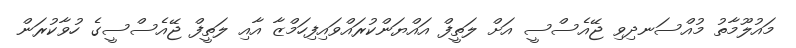
މައުލޫމާތު މުއްސަނދިވި ޖޭއެސްސީ އަށް ލަތީފް އައްޔަންކުރައްވައިފިހަމްޒާ އާއި ލަތީފް ޖޭއެސްސީގެ ހުވާކުރަން